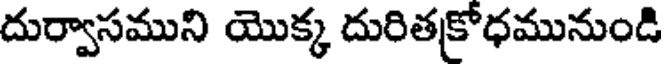
దుర్వాసముని యొక్క దురితక్రోధమునుండి